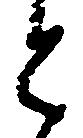
と